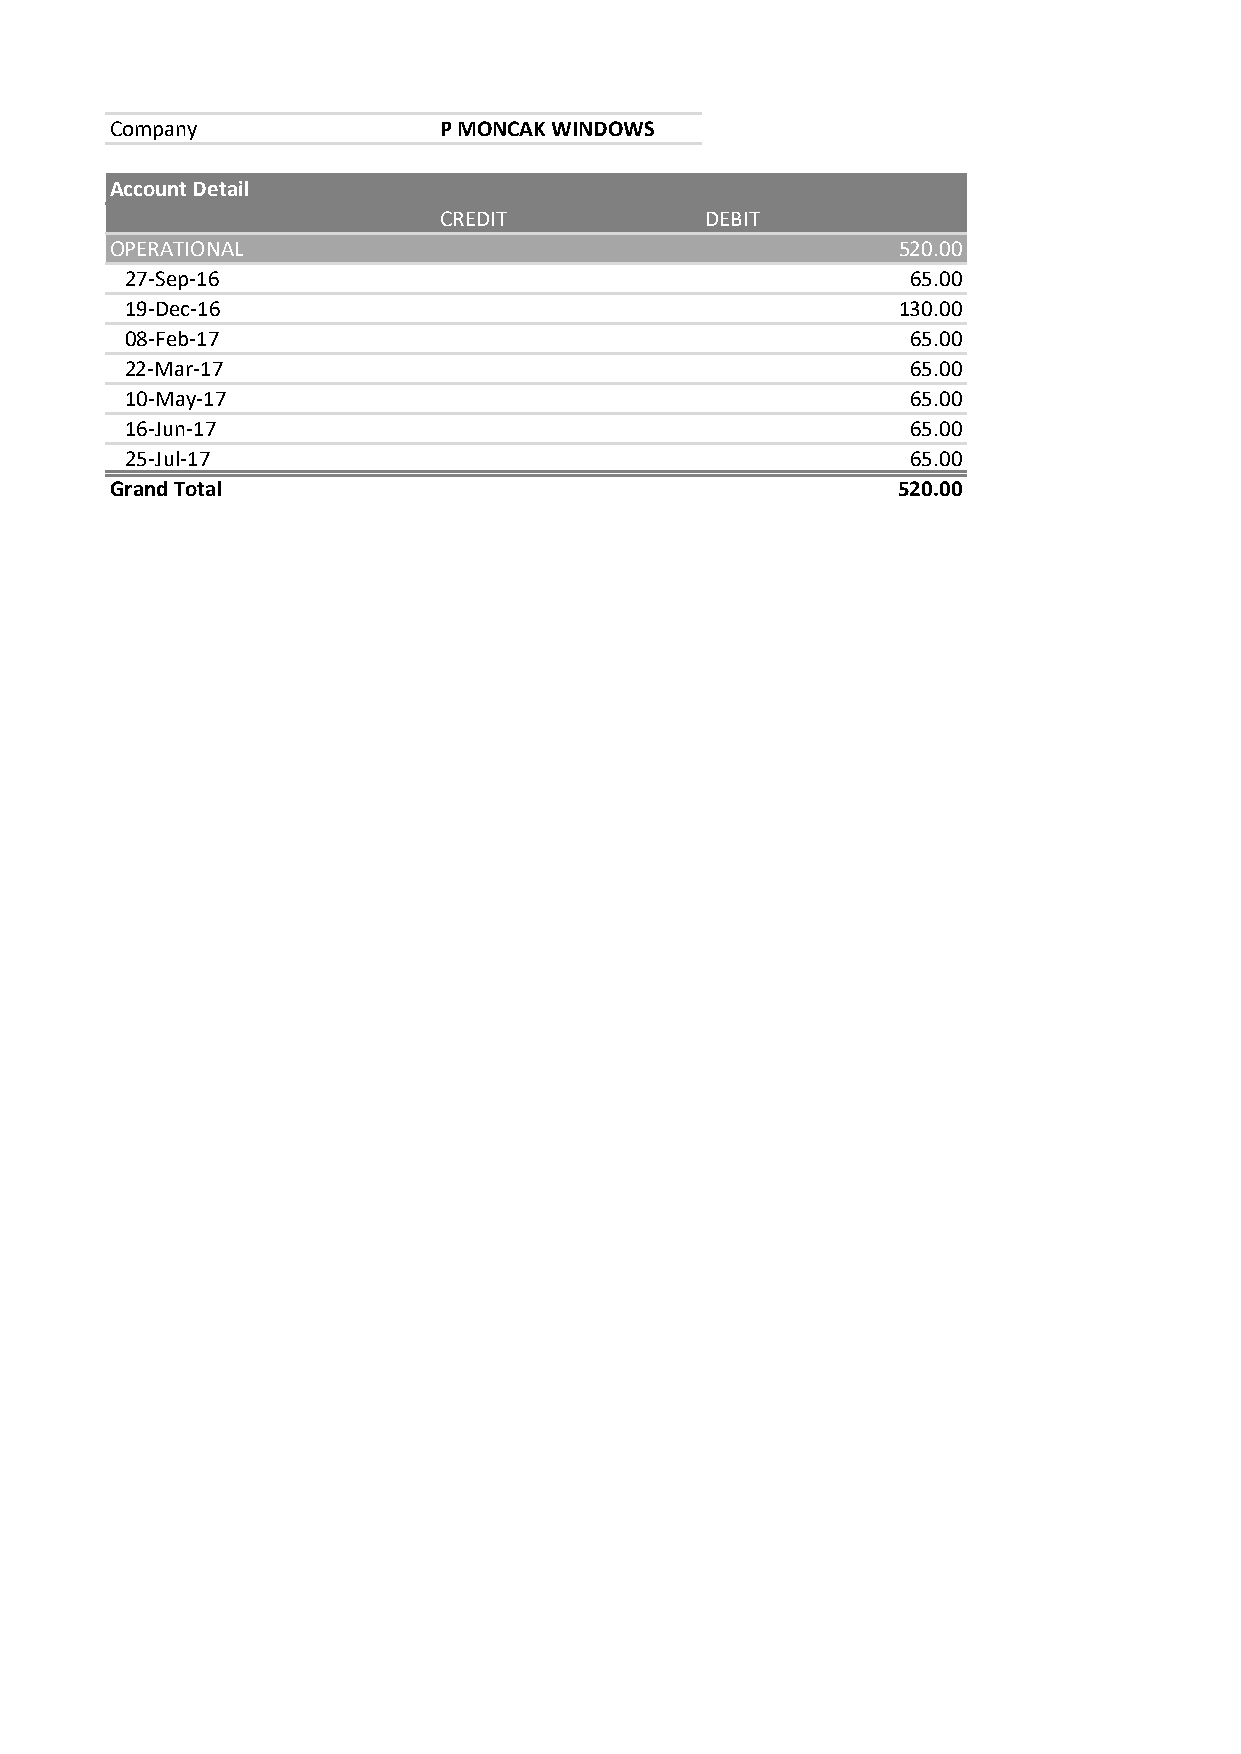
Company               P MONCAK WINDOWS
 Account Detail
 CREDIT            DEBIT
 OPERATIONAL                                         520.00
 27-Sep-16                                           65.00
 19-Dec-16                                          130.00
 08-Feb-17                                           65.00
 22-Mar-17                                           65.00
 10-May-17                                           65.00
 16-Jun-17                                           65.00
 25-Jul-17                                           65.00
 Grand Total                                         520.00